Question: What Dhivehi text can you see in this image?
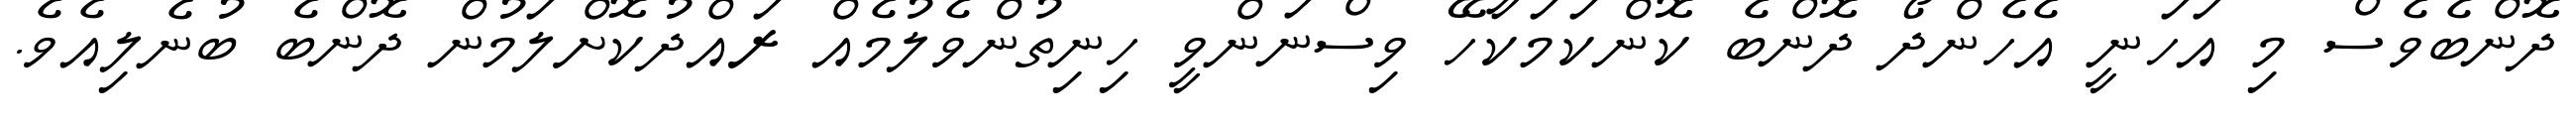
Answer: ދޮންބެވެސް މި އަހަނީ އެހެންދޯ ދޮންބެ ކޮންކަމަކާހޭ ވިސްނަންވީ ހިނިތުންވެލުމެއް ރައްދުކޮށްލަމުން ދޮންބެ ބުނެލިއެވެ.